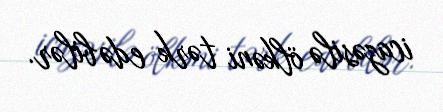
icazəsilə ölkəni tərk edə bilər.